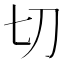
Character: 切